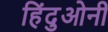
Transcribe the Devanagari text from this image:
हिंदुओनी